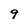
Character: 9